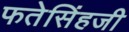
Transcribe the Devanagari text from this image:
फतेसिंहजी